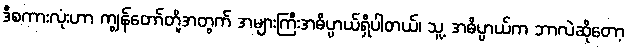
ဒီစကားလုံးဟာ ကျွန်တော်တို့အတွက် အများကြီးအဓိပ္ပာယ်ရှိပါတယ်၊ သူ့ အဓိပ္ပာယ်က ဘာလဲဆိုတော့